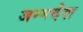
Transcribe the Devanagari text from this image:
जन्मदेश